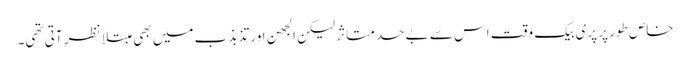
خاص طور پر پری بیک وقت اس سے بے حد متاثر لیکن الجھن اور تذبذب میں بھی مبتلا نظر آتی تھی۔